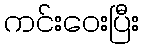
ကင်းဝေးပြီး